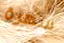
سهرة